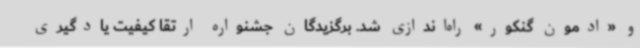
و «ادمون گنکور» راه‌اندازی شد. برگزیدگان جشنواره ارتقا کیفیت یادگیری